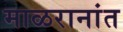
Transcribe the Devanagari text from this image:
माळरानांत